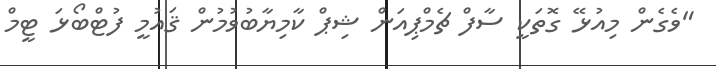
"ވެގެން މިއުޅޭ ގޮތަކީ ސާފް ޗެމްޕިއަން ޝިޕް ކާމިޔާބުވުމުން ޤައުމީ ފުޓްބޯޅަ ޓީމް